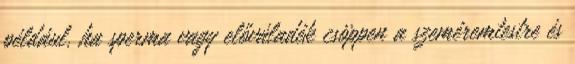
például, ha sperma vagy előváladék csöppen a szeméremtestre és